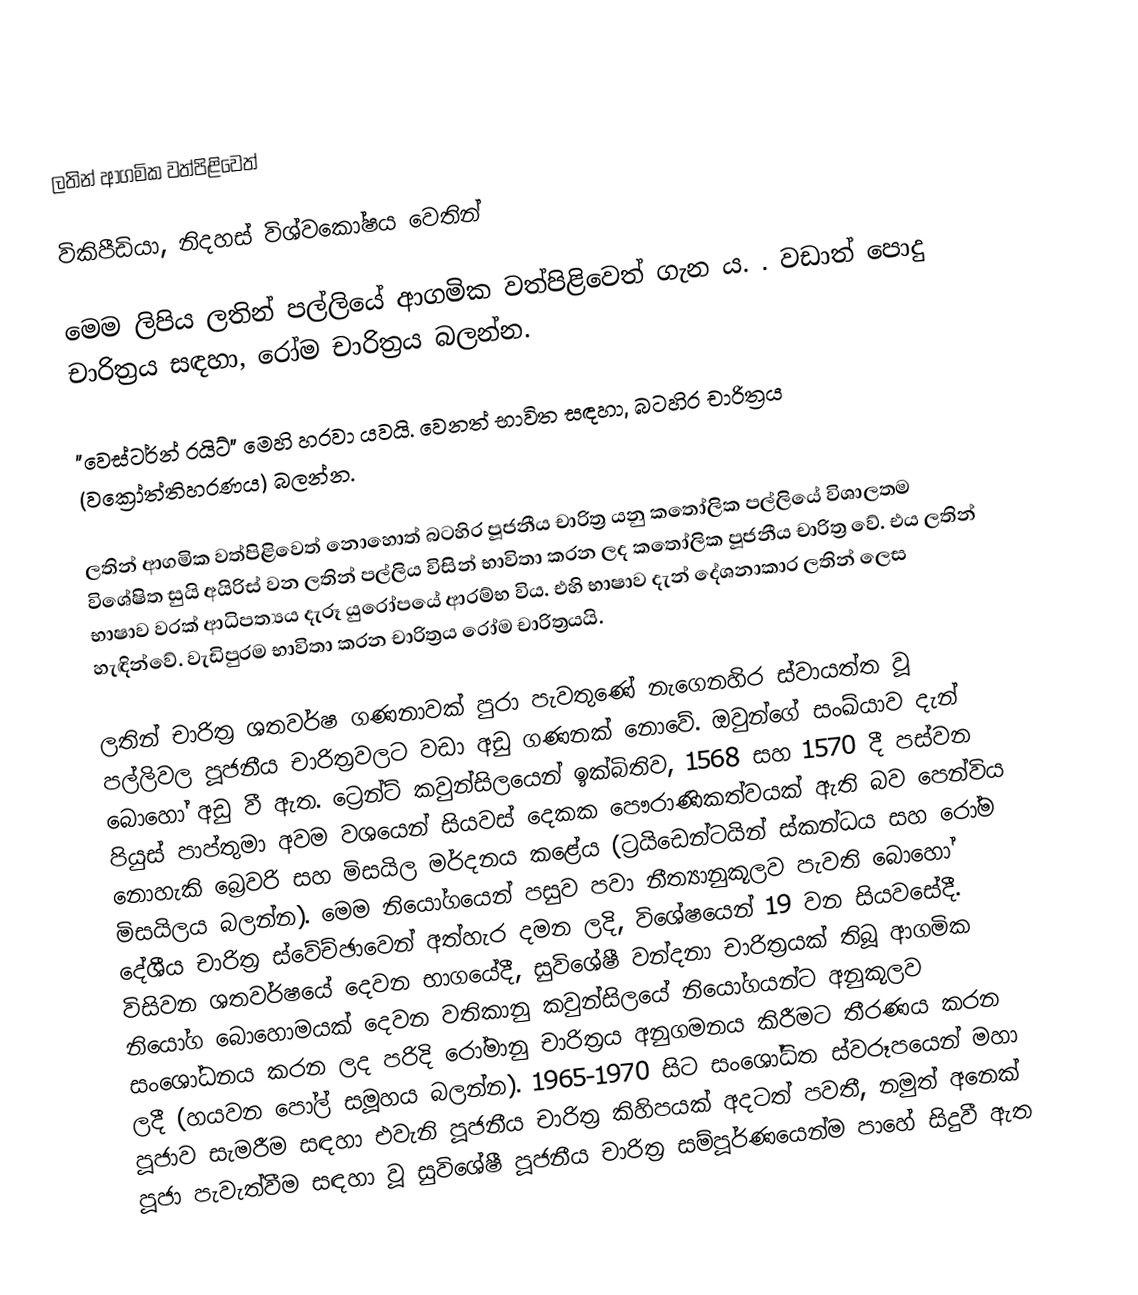
ලතින් ආගමික වත්පිළිවෙත්

විකිපීඩියා, නිදහස් විශ්වකෝෂය වෙතින්

මෙම ලිපිය ලතින් පල්ලියේ ආගමික වත්පිළිවෙත් ගැන ය. . වඩාත් පොදු චාරිත්‍රය සඳහා, රෝම චාරිත්‍රය බලන්න.

"වෙස්ටර්න් රයිට්" මෙහි හරවා යවයි. වෙනත් භාවිත සඳහා, බටහිර චාරිත්‍රය (වක්‍රෝත්තිහරණය) බලන්න.

ලතින් ආගමික වත්පිළිවෙත් නොහොත් බටහිර පූජනීය චාරිත්‍ර යනු කතෝලික පල්ලියේ විශාලතම විශේෂිත සුයි අයිරිස් වන ලතින් පල්ලිය විසින් භාවිතා කරන ලද කතෝලික පූජනීය චාරිත්‍ර වේ. එය ලතින් භාෂාව වරක් ආධිපත්‍යය දැරූ යුරෝපයේ ආරම්භ විය. එහි භාෂාව දැන් දේශනාකාර ලතින් ලෙස හැඳින්වේ. වැඩිපුරම භාවිතා කරන චාරිත්‍රය රෝම චාරිත්‍රයයි.

ලතින් චාරිත්‍ර ශතවර්ෂ ගණනාවක් පුරා පැවතුණේ නැගෙනහිර ස්වායත්ත වූ පල්ලිවල පූජනීය චාරිත්‍රවලට වඩා අඩු ගණනක් නොවේ. ඔවුන්ගේ සංඛ්යාව දැන් බොහෝ අඩු වී ඇත. ට්‍රෙන්ට් කවුන්සිලයෙන් ඉක්බිතිව, 1568 සහ 1570 දී පස්වන පියුස් පාප්තුමා අවම වශයෙන් සියවස් දෙකක පෞරාණිකත්වයක් ඇති බව පෙන්විය නොහැකි බ්‍රෙවරි සහ මිසයිල මර්දනය කළේය (ට්‍රයිඩෙන්ටයින් ස්කන්ධය සහ රෝම මිසයිලය බලන්න). මෙම නියෝගයෙන් පසුව පවා නීත්‍යානුකූලව පැවති බොහෝ දේශීය චාරිත්‍ර ස්වේච්ඡාවෙන් අත්හැර දමන ලදි, විශේෂයෙන් 19 වන සියවසේදී. විසිවන ශතවර්ෂයේ දෙවන භාගයේදී, සුවිශේෂී වන්දනා චාරිත්‍රයක් තිබූ ආගමික නියෝග බොහොමයක් දෙවන වතිකානු කවුන්සිලයේ නියෝගයන්ට අනුකූලව සංශෝධනය කරන ලද පරිදි රෝමානු චාරිත්‍රය අනුගමනය කිරීමට තීරණය කරන ලදී (හයවන පෝල් සමූහය බලන්න). 1965-1970 සිට සංශෝධිත ස්වරූපයෙන් මහා පූජාව සැමරීම සඳහා එවැනි පූජනීය චාරිත්‍ර කිහිපයක් අදටත් පවතී, නමුත් අනෙක් පූජා පැවැත්වීම සඳහා වූ සුවිශේෂී පූජනීය චාරිත්‍ර සම්පූර්ණයෙන්ම පාහේ සිදුවී ඇත